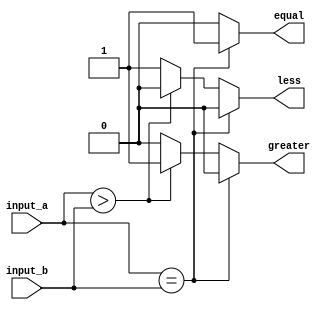
module comparator #(
    parameter N = 8 // Default width of 8 bits, can be overridden during instantiation
)(
    input  wire [N-1:0] input_a, // N-bit wide input A
    input  wire [N-1:0] input_b, // N-bit wide input B
    output reg  equal,            // Output signal for equality
    output reg  greater,          // Output signal for A > B
    output reg  less              // Output signal for A < B
);

// Always block which is sensitive to changes in inputs
always @ (input_a or input_b) begin
    // Initialize outputs
    equal = 0;
    greater = 0;
    less = 0;

    // Compare inputs
    if (input_a == input_b) begin
        equal <= 1'b1; // Assert equal
    end else if (input_a > input_b) begin
        greater <= 1'b1; // Assert greater
    end else begin
        less <= 1'b1; // Assert less
    end
end

endmodule